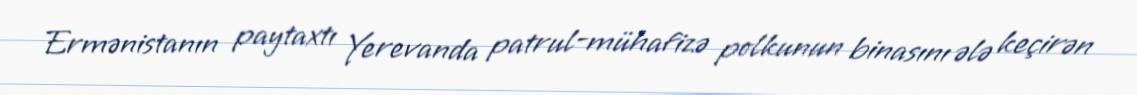
Ermənistanın paytaxtı Yerevanda patrul-mühafizə polkunun binasını ələ keçirən